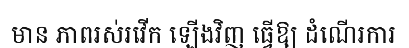
មាន ភាពរស់រវើក ឡើងវិញ ធ្វើឱ្យ ដំណើរការ